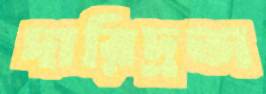
দারিদ্রতা